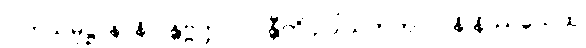
ဝါတသမုဋ္ဌာနာနိ ဂန္တဗ္ဗတ္တာ ပိဝန္တီတိ ဥပါသကကုလာနိ နိဿယေထ